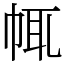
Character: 㡇